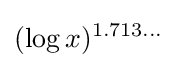
(\log x)^{1.713\ldots }